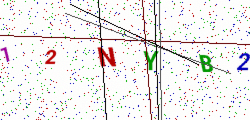
Text: 12NYB2